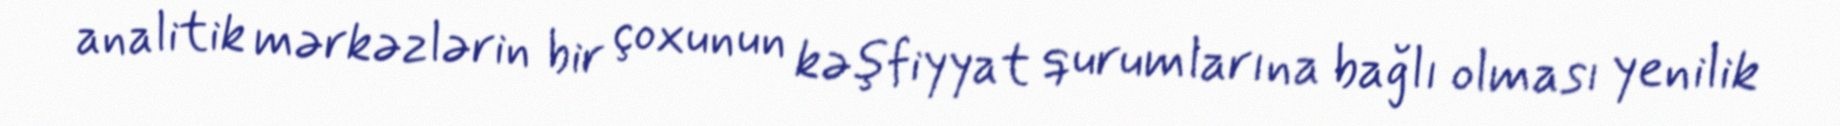
analitik mərkəzlərin bir çoxunun kəşfiyyat qurumlarına bağlı olması yenilik